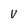
Character: V